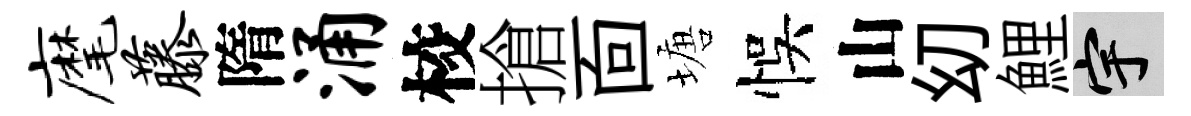
麾藤隋涌校搶靣塘悞山㓜鯉宇